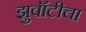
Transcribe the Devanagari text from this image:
झुवॉटीचा